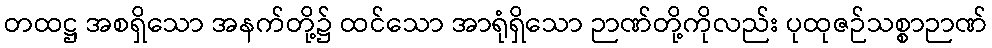
တထဋ္ဌ အစရှိသော အနက်တို့၌ ထင်သော အာရုံရှိသော ဉာဏ်တို့ကိုလည်း ပုထုဇဉ်သစ္စာဉာဏ်